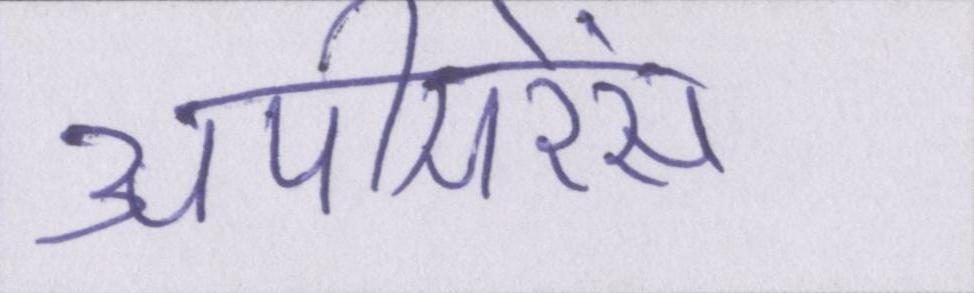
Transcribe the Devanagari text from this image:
अपीयरेंस